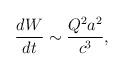
LaTeX: \begin{align*}\frac{dW}{dt}\sim \frac{Q^{2}a^{2}}{c^{3}},\end{align*}